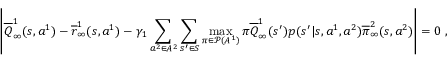
\left| \overline { { Q } } _ { \infty } ^ { 1 } ( s , a ^ { 1 } ) - \overline { { r } } _ { \infty } ^ { 1 } ( s , a ^ { 1 } ) - \gamma _ { 1 } \sum _ { a ^ { 2 } \in A ^ { 2 } } \sum _ { s ^ { \prime } \in S } \operatorname* { m a x } _ { \pi \in \mathcal P ( A ^ { 1 } ) } \pi \overline { { Q } } _ { \infty } ^ { 1 } ( s ^ { \prime } ) p ( s ^ { \prime } | s , a ^ { 1 } , a ^ { 2 } ) \overline { { \pi } } _ { \infty } ^ { 2 } ( s , a ^ { 2 } ) \right| = 0 \ ,